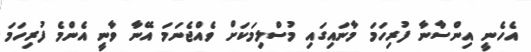
އެހެނީ އިންސާނާ ފުރިހަމަ މާނައިގައި މުސްލިމަކަށް ވެއްޖެނަމަ އޭނާ ވާނީ އެންމެ ފުރިހަމަ